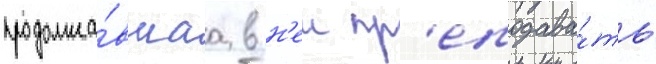
продолжа́вшаа в н'еи пр'еподава́ть